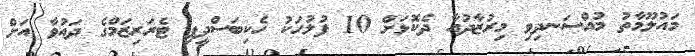
މައުލޫމާތު މުއްސަނދިވި މިރުޒާދުއާ ދެކޮޅަށް 10 ފުލުހަކު ހެކިބަސްދީފި ޓެރަރިޒަމްގެ ދައުވާ އަށް